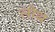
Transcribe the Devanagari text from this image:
लोथ